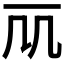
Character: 𠘲